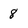
Character: 8